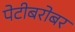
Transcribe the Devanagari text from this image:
पेटीबरोबर